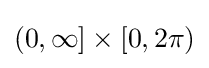
(0,\infty ]\times [0,2\pi )